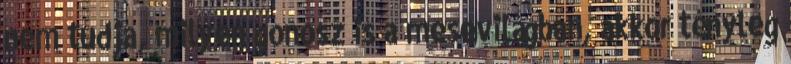
nem tudja, milyen gonosz is a mesevilágban, akkor tényleg